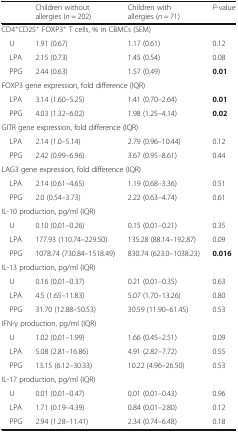
<table><thead><tr><td></td><td><b>Children without allergies (<i>n</i> = 202)</b></td><td><b>Children with allergies (<i>n</i> = 71)</b></td><td><b><i>P</i>-value</b></td></tr></thead><tbody><tr><td colspan="4">CD4<sup>+</sup>CD25<sup>+</sup> FOXP3<sup>+</sup> T cells, % in CBMCs (SEM)</td></tr><tr><td> U</td><td>1.91 (0.67)</td><td>1.17 (0.61)</td><td>0.12</td></tr><tr><td> LPA</td><td>2.15 (0.73)</td><td>1.45 (0.54)</td><td>0.08</td></tr><tr><td> PPG</td><td>2.44 (0.63)</td><td>1.57 (0.49)</td><td><b>0.01</b></td></tr><tr><td colspan="4">FOXP3 gene expression, fold difference (IQR)</td></tr><tr><td> LPA</td><td>3.14 (1.60–5.25)</td><td>1.41 (0.70–2.64)</td><td><b>0.01</b></td></tr><tr><td> PPG</td><td>4.03 (1.32–6.02)</td><td>1.98 (1.25–4.14)</td><td><b>0.02</b></td></tr><tr><td colspan="4">GITR gene expression, fold difference (IQR)</td></tr><tr><td> LPA</td><td>2.14 (1.0–5.14)</td><td>2.79 (0.96–10.44)</td><td>0.12</td></tr><tr><td> PPG</td><td>2.42 (0.99–6.96)</td><td>3.67 (0.95–8.61)</td><td>0.44</td></tr><tr><td colspan="4">LAG3 gene expression, fold difference (IQR)</td></tr><tr><td> LPA</td><td>2.14 (0.61–4.65)</td><td>1.19 (0.68–3.36)</td><td>0.51</td></tr><tr><td> PPG</td><td>2.0 (0.54–3.73)</td><td>2.22 (0.63–4.74)</td><td>0.61</td></tr><tr><td colspan="4">IL-10 production, pg/ml (IQR)</td></tr><tr><td> U</td><td>0.10 (0.01–0.26)</td><td>0.15 (0.01–0.21)</td><td>0.35</td></tr><tr><td> LPA</td><td>177.93 (110.74–229.50)</td><td>135.28 (88.14–192.87)</td><td>0.09</td></tr><tr><td> PPG</td><td>1078.74 (730.84–1518.49)</td><td>830.74 (623.0–1038.23)</td><td><b>0.016</b></td></tr><tr><td colspan="4">IL-13 production, pg/ml (IQR)</td></tr><tr><td> U</td><td>0.16 (0.01–0.37)</td><td>0.21 (0.01–0.35)</td><td>0.63</td></tr><tr><td> LPA</td><td>4.5 (1.65–11.83)</td><td>5.07 (1.70–13.26)</td><td>0.80</td></tr><tr><td> PPG</td><td>31.70 (12.88–50.53)</td><td>30.59 (11.90–61.45)</td><td>0.53</td></tr><tr><td colspan="4">IFN-γ production, pg/ml (IQR)</td></tr><tr><td> U</td><td>1.02 (0.01–1.99)</td><td>1.66 (0.45–2.51)</td><td>0.09</td></tr><tr><td> LPA</td><td>5.08 (2.81–16.86)</td><td>4.91 (2.82–7.72)</td><td>0.55</td></tr><tr><td> PPG</td><td>13.15 (6.12–30.33)</td><td>10.22 (4.96–26.50)</td><td>0.53</td></tr><tr><td colspan="4">IL-17 production, pg/ml (IQR)</td></tr><tr><td> U</td><td>0.01 (0.01–0.47)</td><td>0.01 (0.01–0.43)</td><td>0.96</td></tr><tr><td> LPA</td><td>1.71 (0.19–4.39)</td><td>0.84 (0.01–2.80)</td><td>0.12</td></tr><tr><td> PPG</td><td>2.94 (1.28–11.41)</td><td>2.34 (0.74–6.48)</td><td>0.18</td></tr></tbody></table>